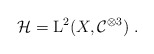
\begin{align*}\mathcal H={\rm L}^2(X,\mathcal C^{\otimes 3})\;.\end{align*}